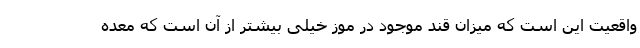
واقعیت این است که میزان قند موجود در موز خیلی بیشتر از آن است که معده